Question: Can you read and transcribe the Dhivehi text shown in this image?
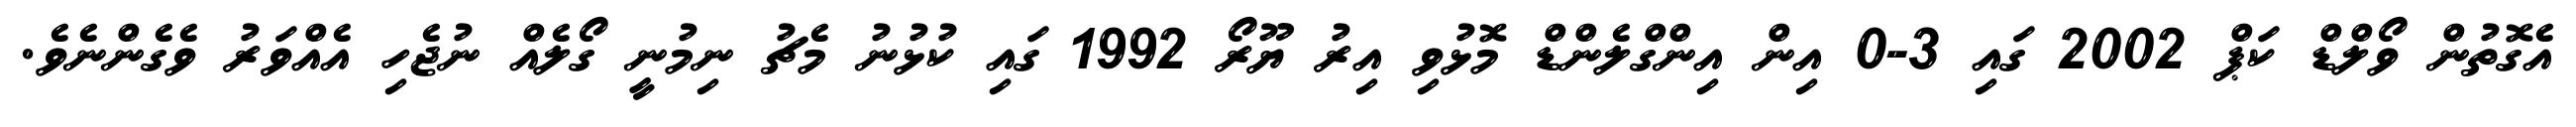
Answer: އެގޮތުން ވޯލްޑް ކަޕް 2002 ގައި 3-0 އިން އިންގްލެންޑް މޮޅުވި އިރު ޔޫރޯ 1992 ގައި ކުޅުނު މެޗު ނިމުނީ ގޯލެއް ނުޖެހި އެއްވަރު ވެގެންނެވެ.